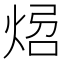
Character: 𤉝